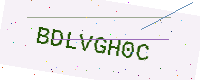
Text: BDLVGH0C